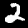
Digit: 2